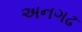
અનગઢ